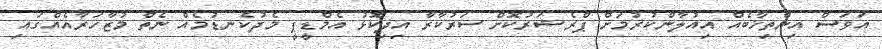
އަވަސް އިންތިޚާބެއް އިއުލާންކުރުމަށް ޕްރެޝަރުކޮށް ސަރުކާރާ އިދިކޮޅު އެމްޑީޕީ މެދުކެނޑުމެއް ނެތް މުޒާހަރާއެއްގައި